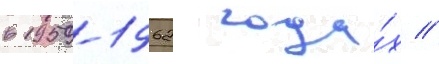
в 1959-1962 года́х //